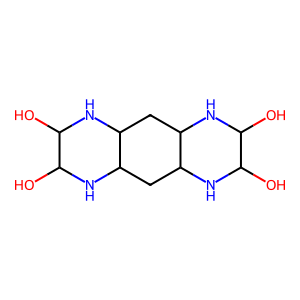
SMILES: OC1NC2CC3NC(O)C(O)NC3CC2NC1O
Inhibits HIV replication: No